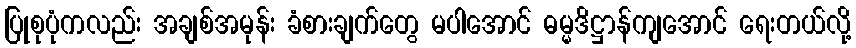
ပြုစုပုံကလည်း အချစ်အမုန်း ခံစားချက်တွေ မပါအောင် ဓမ္မဒိဋ္ဌာန်ကျအောင် ရေးတယ်လို့